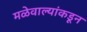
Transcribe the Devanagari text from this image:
मळेवाल्यांकडून